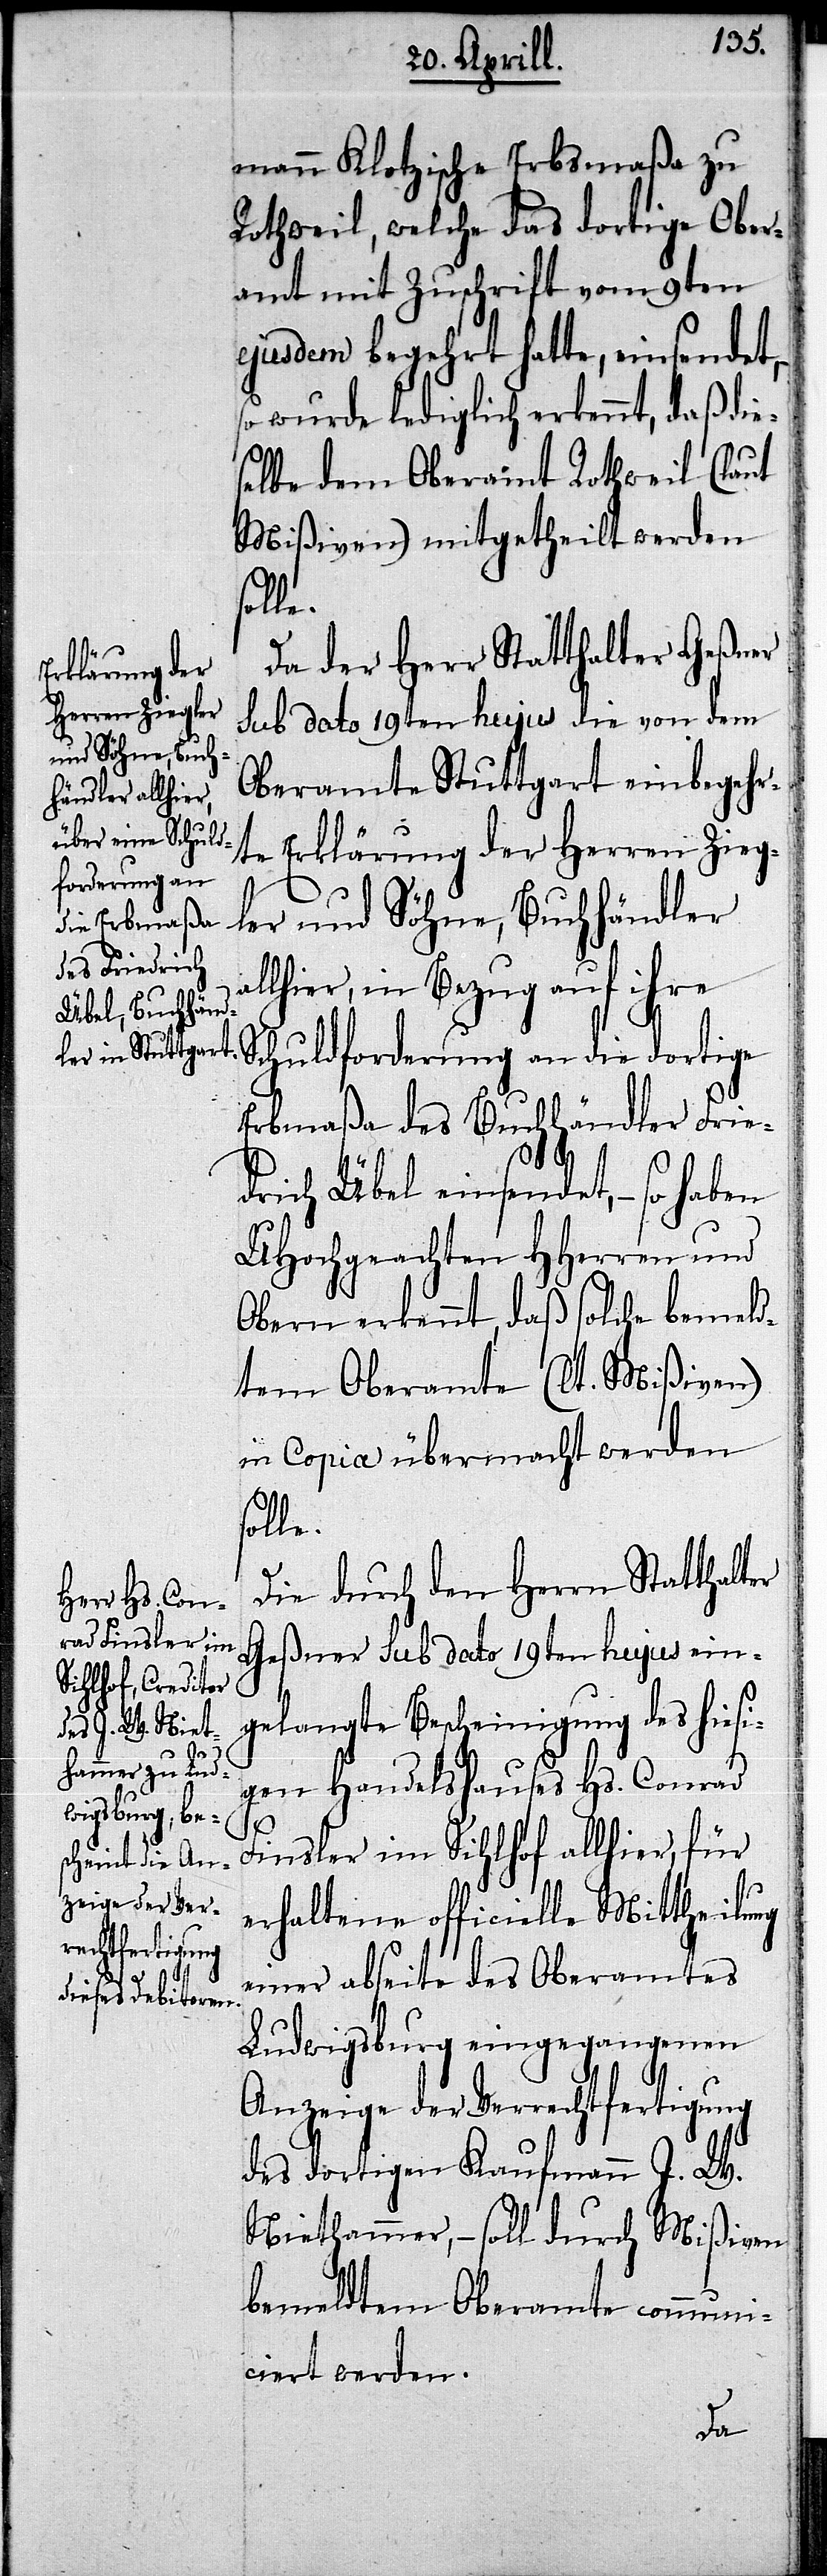
mann Klotzische Erbsmaßa zu
Rothweil, welche das dortige Ober¬
amt mit Zuschrift vom 9ten
ejusdem begehrt hatte, einsendet,–
so wurde lediglich erkennt, daß die¬
selbe dem Oberamt Rothweil (laut
Mißiven) mitgetheilt werden
solle.
Da der Herr Statthalter Geßner
sub dato 19ten hujus die von dem
Oberamte Stuttgart eingebehr¬
te Erklärung der Herren Zieg¬
ler und Söhne, Buchhändler
allhier, in Bezug auf ihre
Schuldforderung an die dortige
Erbmaßa des Buchhändler Frie¬
drich Übel einsendet,– so haben
UHochgeachten HHerren und
Obern erkennt, daß solche bemeld¬
tem Oberamte (lt. Mißiven)
in Copia übermacht werden
solle.
Die durch den Herrn Statthalter
Geßner sub dato 19ten hujus ein¬
gelangte Bescheinigung des hiesi¬
gen Handelshauses Hs. Conrad
Finsler im Sihlhof allhier, für
erhaltene officielle Mittheilung
einer abseite des Oberamtes
Ludwigsburg eingegangenen
Anzeige der Verrechtfertigung
des dortigen Kaufmann J. W.
Niethammer,– soll durch Mißiven
bemeldtem Oberamte communi¬
ciert werden.